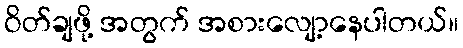
ဝိတ်ချဖို့ အတွက် အစားလျော့နေပါတယ်။